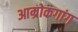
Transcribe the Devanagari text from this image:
आम्रोकगांग